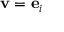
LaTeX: \mathbf { v } = \mathbf { e } _ { i }